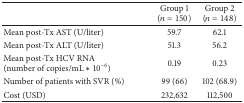
|  | Group 1(n = 150) | Group 2(n = 148) |
 | --- | --- | --- |
 | Mean post-Tx AST (U/liter) | 59.7 | 62.1 |
 | Mean post-Tx ALT (U/liter) | 51.3 | 56.2 |
 | Mean post-Tx HCV RNA (number of copies/mL ∗ 10−6) | 0.19 | 0.23 |
 | Number of patients with SVR (%) | 99 (66) | 102 (68.9) |
 | Cost (USD) | 232,632 | 112,500 |